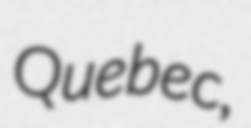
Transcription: Quebec,